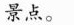
景点。